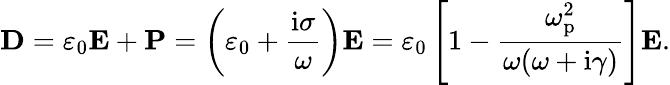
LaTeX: \textbf{D}=\varepsilon_{0}\textbf{E}+\textbf{P}=\left(\varepsilon_{0}+\frac{\mathrm{i}\sigma}{\omega}\right){\textbf{E}}=\varepsilon_{0}\left[1-\frac{\omega_{\mathrm{p}}^{2}}{\omega(\omega+\mathrm{i}\gamma)}\right]\textbf{E}.